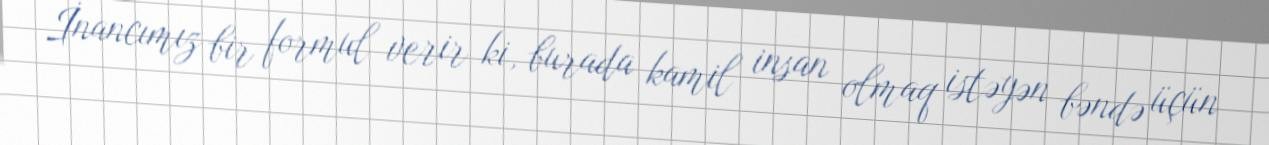
İnancımız bir formul verir ki, burada kamil insan olmaq istəyən bəndə üçün